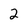
Character: 2